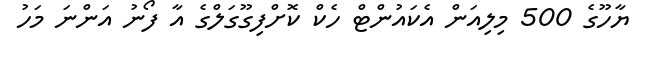
ޔާހޫގެ 500 މިލިއަން އެކައުންޓް ހެކް ކޮށްފިގޫގަލްގެ އާ ފޯނު އަންނަ މަހު